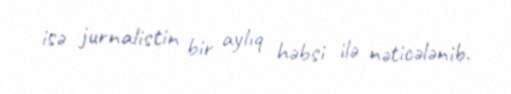
isə jurnalistin bir aylıq həbsi ilə nəticələnib.